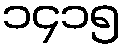
၁၄၁၅